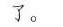
了。